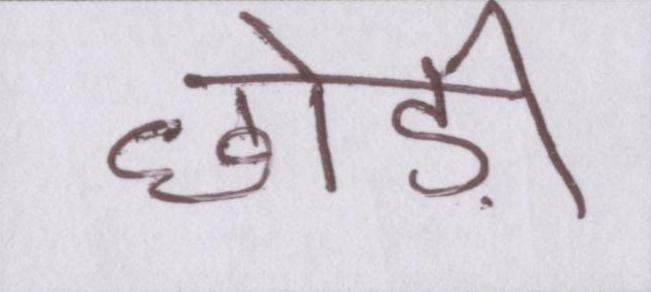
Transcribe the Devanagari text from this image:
छोड़ी